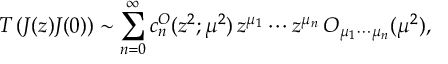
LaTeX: { \cal T } \left( J ( z ) J ( 0 ) \right) \sim \sum _ { n = 0 } ^ { \infty } c _ { n } ^ { \cal O } ( z ^ { 2 } ; \mu ^ { 2 } ) \, z ^ { \mu _ { 1 } } \cdots z ^ { \mu _ { n } } \, { \cal O } _ { \mu _ { 1 } \cdots \mu _ { n } } ( \mu ^ { 2 } ) ,